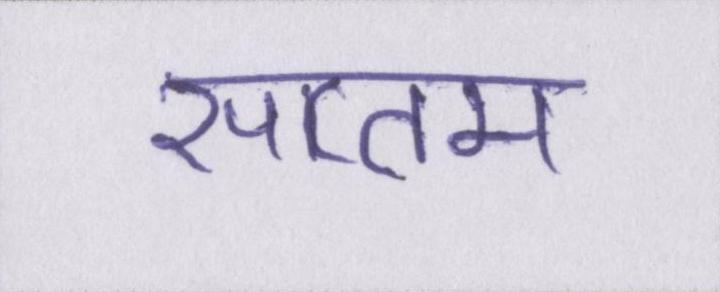
सप्तम